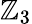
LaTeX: \mathbb{Z}_{3}